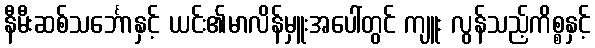
နီမီးဆစ်သင်္ဘောနှင့် ယင်း၏မာလိန်မှူးအပေါ်တွင် ကျူး လွန်သည့်ကိစ္စနှင့်